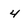
Character: 4